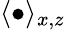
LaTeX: \langle{\bullet}\rangle_{x,z}